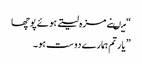
“ میںنے مزہ لیتے ہوئے پوچھا
” یار تم ہمارے دوست ہو۔